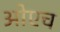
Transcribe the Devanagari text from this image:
ओएच